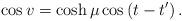
LaTeX: \begin{align*}\cos v=\cosh \mu \cos \left( t-t^{\prime }\right) .\end{align*}